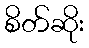
စိတ်ဆိုး